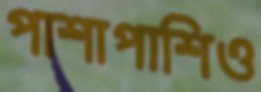
পাশাপাশিও